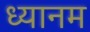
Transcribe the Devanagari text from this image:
ध्यानम